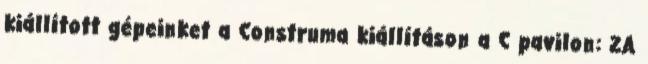
kiállított gépeinket a Construma kiállításon a C pavilon: 2A